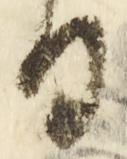
日